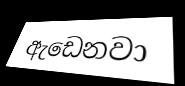
ඇඩෙනවා